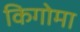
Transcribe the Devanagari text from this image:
किगोमा